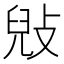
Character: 㪒